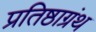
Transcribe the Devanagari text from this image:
प्रतिष्ठाग्रंथ